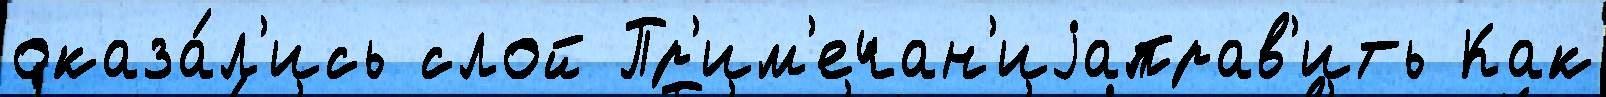
оказа́л'ись слой Пр'им'ечан'иjаправ'ить Как